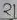
Text: 21